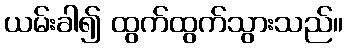
ယမ်းခါ၍ ထွက်ထွက်သွားသည်။